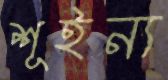
শূইন্য